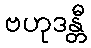
ဗဟုဒန္တီ